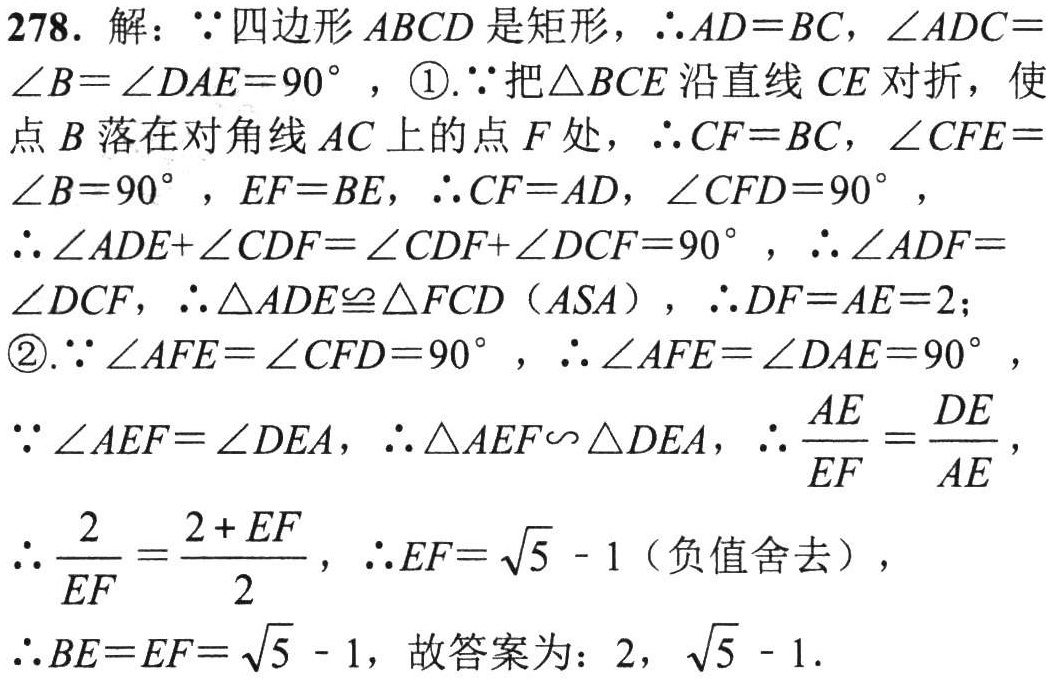
278. 解：\(\because\)四边形\(ABCD\)是矩形，\(\therefore AD = BC\)，\(\angle ADC=\angle B=\angle DAE = 90^{\circ}\)，\textcircled{1}.\(\because\)把\(\triangle BCE\)沿直线\(CE\)对折，使点\(B\)落在对角线\(AC\)上的点\(F\)处，\(\therefore CF = BC\)，\(\angle CFE=\angle B = 90^{\circ}\)，\(EF = BE\)，\(\therefore CF = AD\)，\(\angle CFD = 90^{\circ}\)，

\(\therefore\angle ADE+\angle CDF=\angle CDF+\angle DCF = 90^{\circ}\)，\(\therefore\angle ADF=\angle DCF\)，\(\therefore\triangle ADE\cong\triangle FCD\)（\(ASA\)），\(\therefore DF = AE = 2\)；

\textcircled{2}.\(\because\angle AFE=\angle CFD = 90^{\circ}\)，\(\therefore\angle AFE=\angle DAE = 90^{\circ}\)，

\(\because\angle AEF=\angle DEA\)，\(\therefore\triangle AEF\sim\triangle DEA\)，\(\therefore\frac{AE}{EF}=\frac{DE}{AE}\)，

\(\therefore\frac{2}{EF}=\frac{2 + EF}{2}\)，\(\therefore EF=\sqrt{5}-1\)（负值舍去），

\(\therefore BE = EF=\sqrt{5}-1\)，故答案为：\(2\)，\(\sqrt{5}-1\).